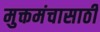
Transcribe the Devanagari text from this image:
मुक्तमंचासाठी